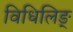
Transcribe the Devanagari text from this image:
विधिलिङ्